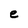
Character: e